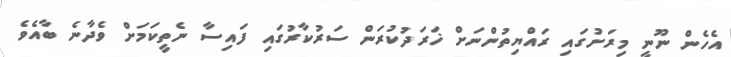
އެހެން ނޫނީ މިރަށުގައި ރައްޔިތުންނަށް ޚަރަދުކުރަން ސަރުކާރުގައި ފައިސާ ނެތީކަމަށް ވެދާނެ ބާއެވެ